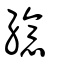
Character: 繶